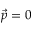
{ \vec { p } } = 0